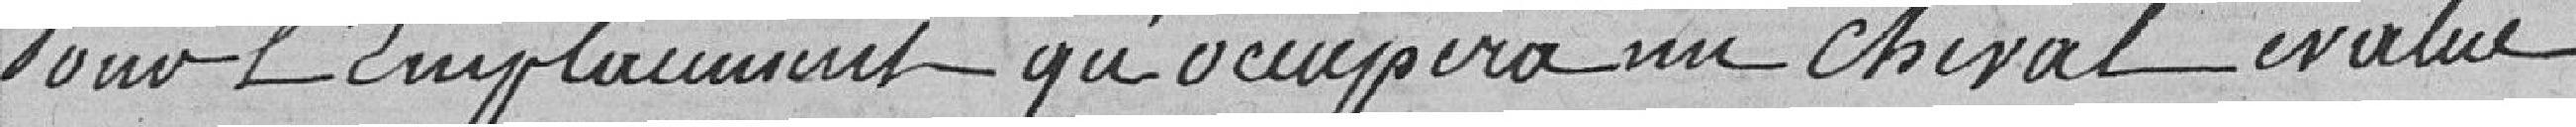
Pour l'emplacement qu'occupera un cheval évalué